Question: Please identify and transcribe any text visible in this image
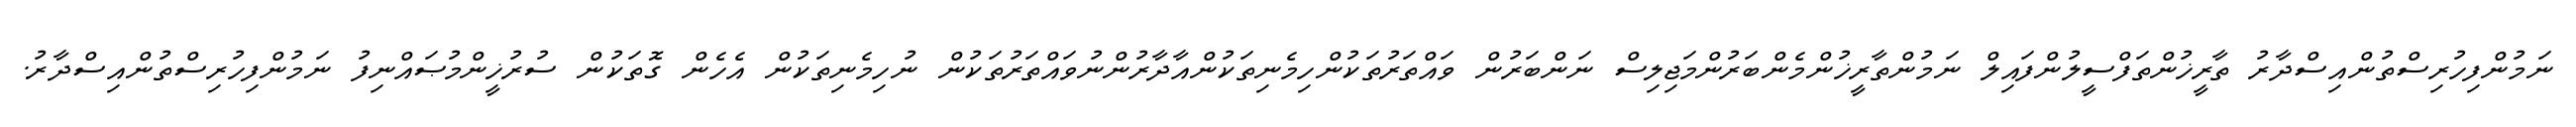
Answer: ނަމުންފިހުރިސްތުންއިސްދާރު ތާރީޚުންތަފްސީލުންފައިލް ނަމުންތާރީޚުންމެންބަރުންމަޖިލިސް ނަންބަރުން ވައްތަރުތަކުންހިމެނިތަކުންއާދާރުންނުވައްތަރުތަކުން ނުހިމެނިތަކުން އެހެން ގޮތަކުން ސުރުޚީންމުޞައްނިފު ނަމުންފިހުރިސްތުންއިސްދާރު.